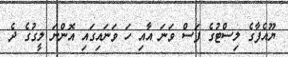
ޔޫއެފާގެ ލިސްޓުގެ ފަސް ވަނަ އާއި ހަ ވަނައިގައި އޮންނަ ލީގުގެ ދެ